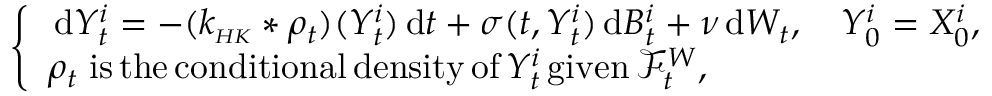
\begin{array} { r } { \left\{ \begin{array} { l l } { \, \mathrm { d } Y _ { t } ^ { i } = - ( k _ { \scriptscriptstyle { H K } } * \rho _ { t } ) ( Y _ { t } ^ { i } ) \, \mathrm { d } t + \sigma ( t , Y _ { t } ^ { i } ) \, \mathrm { d } B _ { t } ^ { i } + \nu \, \mathrm { d } W _ { t } , \quad Y _ { 0 } ^ { i } = X _ { 0 } ^ { i } , } \\ { \rho _ { t } \; \mathrm { i s \, t h e \, c o n d i t i o n a l \, d e n s i t y \, o f } \, Y _ { t } ^ { i } \, \mathrm { g i v e n } \, \mathcal { F } _ { t } ^ { W } , } \end{array} \right. } \end{array}